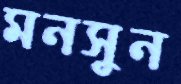
মনসুন